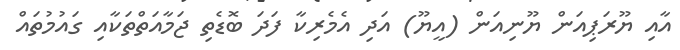
އާއި ޔޫރަޕިއަން ޔޫނިއަން (އީޔޫ) އަދި އެެމެރިކާ ފަދަ ބޮޑެތި ޖަމާއަތްތަކާއި ގައުމުތައް